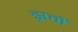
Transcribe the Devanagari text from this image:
ड्रामें